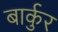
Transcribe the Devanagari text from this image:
बार्कुर